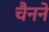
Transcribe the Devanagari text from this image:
चैनने